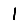
Digit: 1